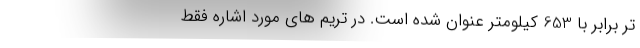
تر برابر با 653 کیلومتر عنوان شده است. در تریم های مورد اشاره فقط